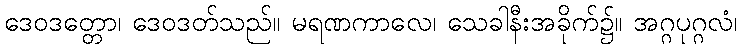
ဒေဝဒတ္တော၊ ဒေဝဒတ်သည်။ မရဏကာလေ၊ သေခါနီးအခိုက်၌။ အဂ္ဂပုဂ္ဂလံ၊